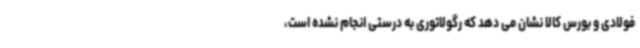
فولادی و بورس کالا نشان می دهد که رگولاتوری به درستی انجام نشده است،